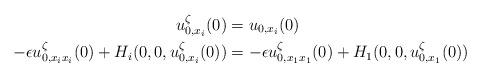
LaTeX: \begin{align*}u^{\zeta}_{0,x_{i}}(0) &= u_{0,x_{i}}(0) \\-\epsilon u^{\zeta}_{0,x_{i}x_{i}}(0) + H_{i}(0,0,u^{\zeta}_{0,x_{i}}(0)) &= - \epsilon u^{\zeta}_{0,x_{1}x_{1}}(0) + H_{1}(0,0,u^{\zeta}_{0,x_{1}}(0)) \\\end{align*}